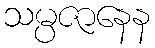
သမ္ပဇာနေန